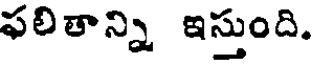
ఫలితాన్ని ఇస్తుంది.